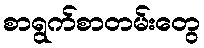
စာရွက်စာတမ်းတွေ